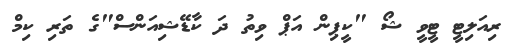
ރިއަލިޓީ ޓީވީ ޝޯ "ކީޕިން އަޕް ވިތު ދަ ކާޑޭޝިއަންސް"ގެ ތަރި ކިމް